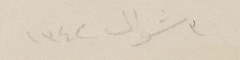
٣ شوال ١٣٤٢